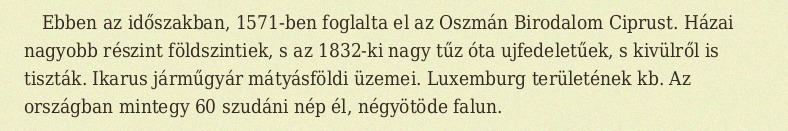
Ebben az időszakban, 1571-ben foglalta el az Oszmán Birodalom Ciprust. Házai nagyobb részint földszintiek, s az 1832-ki nagy tűz óta ujfedeletűek, s kivülről is tiszták. Ikarus járműgyár mátyásföldi üzemei. Luxemburg területének kb. Az országban mintegy 60 szudáni nép él, négyötöde falun.